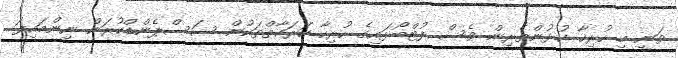
ވަނީ މި ހުރިހާ ކުޅުންތެރިން ވެސް ފުޓްބޯޅައިގެ ހުރިހާ ހަރަކާތްތަކުން ސަސްޕެންޑްކުރަން ނިންމައިފަ